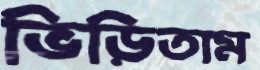
ভিড়িতাম